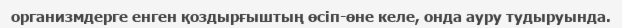
организмдерге енген қоздырғыштың өсіп-өне келе, онда ауру тудыруында.